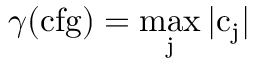
\gamma ( \mathrm { c f g ) = \operatorname* { m a x } _ { j } | c _ { j } | }